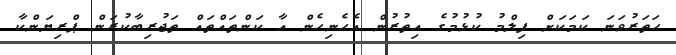
ހަތަރުވަނަ ކަމަކަށް ފިލްމު ކުޅުމުގެ އިތުރުން އެެހެނިހެން އާ ކަންތައްތައް ތަޖުރިބާކުރަން ޕްރިޔަންކާ